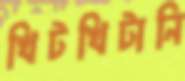
খিটখিটানি